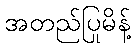
အတည်ပြုမိန့်